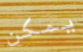
يمكن